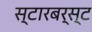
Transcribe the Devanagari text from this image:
स्टारबर्स्ट